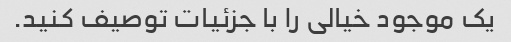
یک موجود خیالی را با جزئیات توصیف کنید.